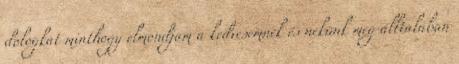
dologkat minthogy elmondjam a kedvesemnek és nekünk meg álltalában